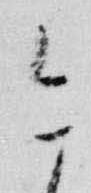
今